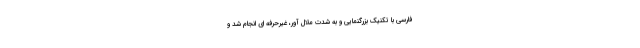
فارسی با تکنیک بزرگنمایی و به شدت ملال آور، غیرحرفه ای انجام شد و